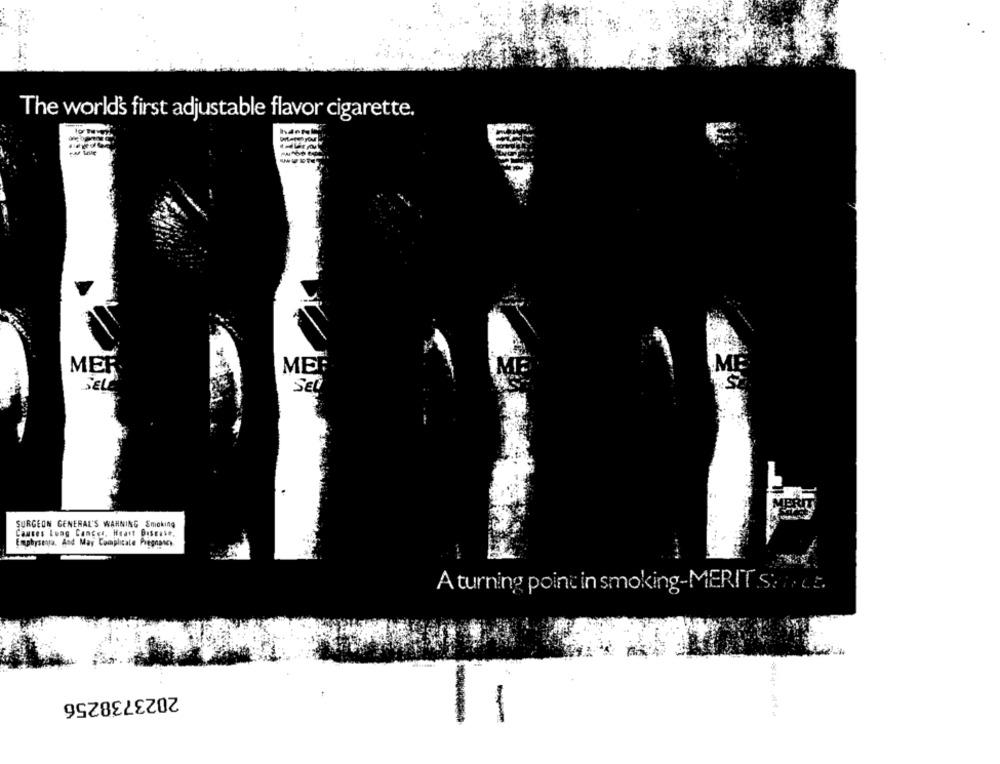
The world's first adjustable flavor cigarette.
M
MER
SEU.
SEL
MERY
SURGEON GENERAL'S WAHNING Smoking
Causes Lung Cancel, Heart Disease.
Emphysema. And May Complicate Pregnancy
A turning point in smoking-MERIT Sti c.t.
2023738256
-